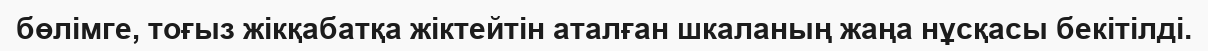
бөлімге, тоғыз жікқабатқа жіктейтін аталған шкаланың жаңа нұсқасы бекітілді.